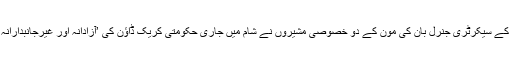
دوسری جانب اقوام متحدہ کے سیکرٹری جنرل بان کی مون کے دو خصوصی مشیروں نے شام میں جاری حکومتی کریک ڈاؤن کی ’آزادانہ اور غیرجانبدارانہ‘ تفتیش کا مطالبہ کیا ہے۔